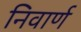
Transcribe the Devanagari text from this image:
निवार्ण